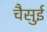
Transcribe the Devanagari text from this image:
चैसुई